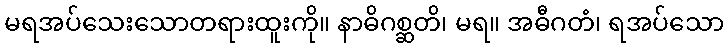
မရအပ်သေးသောတရားထူးကို။ နာဓိဂစ္ဆတိ၊ မရ။ အဓီဂတံ၊ ရအပ်သော